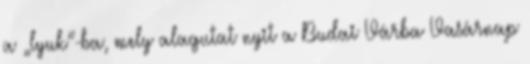
a „lyuk”-ba, mely alagutat nyit a Budai Várba Vasárnap